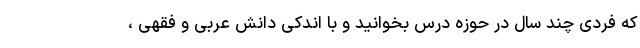
که فردی چند سال در حوزه درس بخوانید و با اندکی دانش عربی و فقهی ،